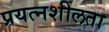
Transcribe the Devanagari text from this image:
प्रयत्नशीलता